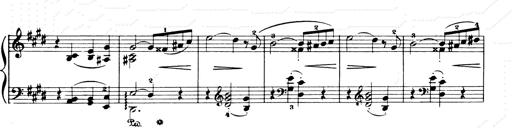
Title: Consolations and LiebestrÃ¤ume for the Piano
Composer: Franz Liszt